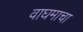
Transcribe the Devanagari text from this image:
वाघमाचा